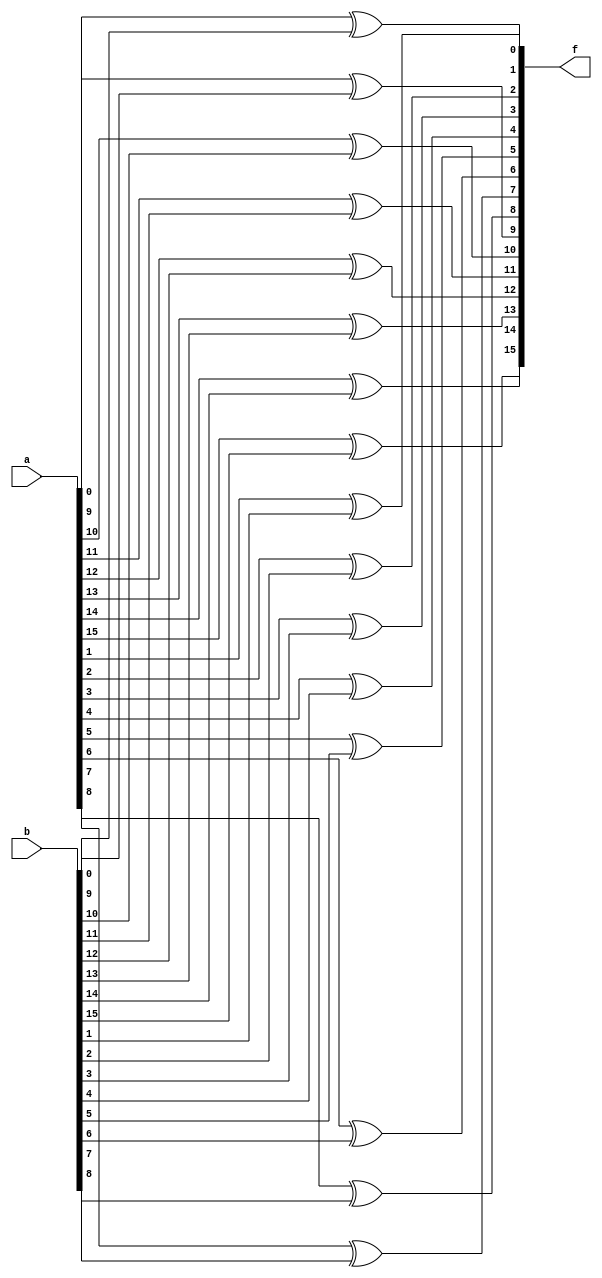
module xorbitwise(f,a,b);
parameter N=16;
input [N-1:0]a,b;
output [N-1:0]f;
genvar p;
generate for (p=0; p<N; p=p+1)
begin
xor xg (f[p],a[p],b[p]);
end
endgenerate
endmodule